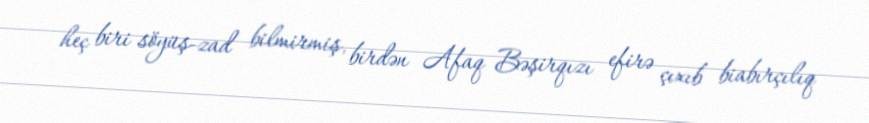
heç biri söyüş-zad bilmirmiş, birdən Afaq Bəşirqızı efirə çıxıb biabırçılıq